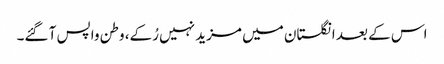
اس کے بعد انگلستان میں مزید نہیں رُکے، وطن واپس آ گئے۔